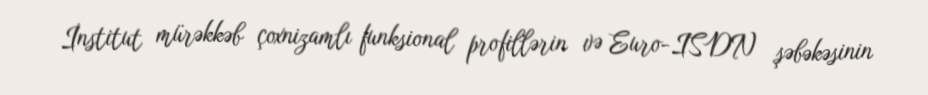
İnstitut mürəkkəb çoxnizamlı funksional profillərin və Euro-ISDN şəbəkəsinin